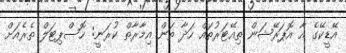
އޭޑީކޭގެ އާ އޮޕަރޭޝަން ތިއޭޓަރުތައް ހަދާ ތަން އިމާރާތް ކުރަނީ: ހޮސްޕިޓަލް ތެރެއަށް